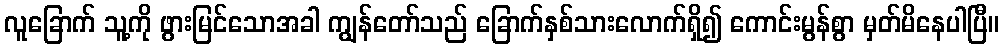
လူခြောက် သူ့ကို ဖွားမြင်သောအခါ ကျွန်တော်သည် ခြောက်နှစ်သားလောက်ရှိ၍ ကောင်းမွန်စွာ မှတ်မိနေပါပြီ။